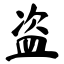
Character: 盗